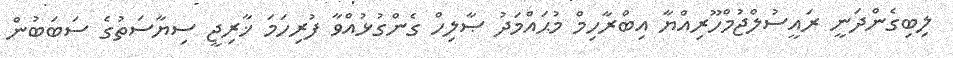
ލިބިގެންދަނީ ރައީސުލްޖުމްހޫރިއްޔާ އިބްރާހިމް މުޙައްމަދު ޞާލިހް ގެންގުޅުއްވާ ފުރިހަމަ ޚާރިޖީ ސިޔާސަތުގެ ސަބަބުން